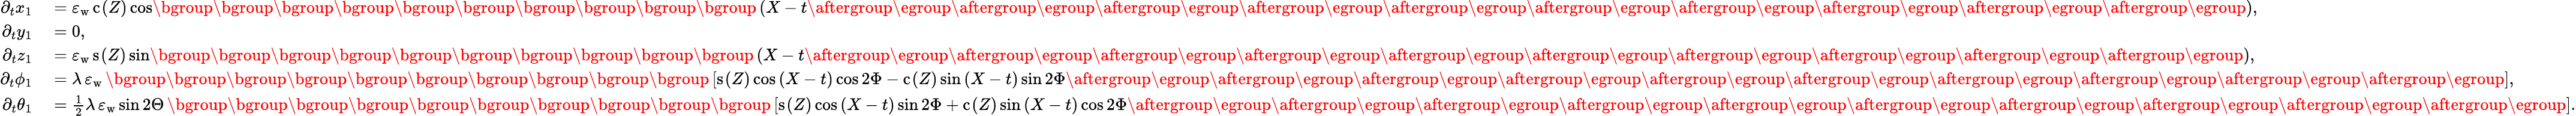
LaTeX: \begin{array}{rl}{\partial_{t}x_{1}}&{{}=\varepsilon_{\mathrm{w}}\, \mathrm{c}_{}(Z)\cos\mathopen{}\mathclose\bgroup\mathopen{}\mathclose\bgroup\mathopen{}\mathclose\bgroup\mathopen{}\mathclose\bgroup\mathopen{}\mathclose\bgroup\mathopen{}\mathclose\bgroup\mathopen{}\mathclose\bgroup\mathopen{}\mathclose\bgroup\mathopen{}\mathclose\bgroup\mathopen{}\mathclose\bgroup\left(X-t\aftergroup\egroup\aftergroup\egroup\aftergroup\egroup\aftergroup\egroup\aftergroup\egroup\aftergroup\egroup\aftergroup\egroup\aftergroup\egroup\aftergroup\egroup\aftergroup\egroup\right),}\\ {\partial_{t}y_{1}}&{{}=0,}\\ {\partial_{t}z_{1}}&{{}=\varepsilon_{\mathrm{w}}\, \mathrm{s}_{}(Z)\sin\mathopen{}\mathclose\bgroup\mathopen{}\mathclose\bgroup\mathopen{}\mathclose\bgroup\mathopen{}\mathclose\bgroup\mathopen{}\mathclose\bgroup\mathopen{}\mathclose\bgroup\mathopen{}\mathclose\bgroup\mathopen{}\mathclose\bgroup\mathopen{}\mathclose\bgroup\mathopen{}\mathclose\bgroup\left(X-t\aftergroup\egroup\aftergroup\egroup\aftergroup\egroup\aftergroup\egroup\aftergroup\egroup\aftergroup\egroup\aftergroup\egroup\aftergroup\egroup\aftergroup\egroup\aftergroup\egroup\right),}\\ {\partial_{t}{\phi_{1}}}&{{}=\lambda\, \varepsilon_{\mathrm{w}}\, \mathopen{}\mathclose\bgroup\mathopen{}\mathclose\bgroup\mathopen{}\mathclose\bgroup\mathopen{}\mathclose\bgroup\mathopen{}\mathclose\bgroup\mathopen{}\mathclose\bgroup\mathopen{}\mathclose\bgroup\mathopen{}\mathclose\bgroup\mathopen{}\mathclose\bgroup\mathopen{}\mathclose\bgroup\left[\mathrm{s}_{}(Z)\cos{(X-t)}\cos{2\Phi}-\mathrm{c}_{}(Z)\sin{(X-t)}\sin{2\Phi}\aftergroup\egroup\aftergroup\egroup\aftergroup\egroup\aftergroup\egroup\aftergroup\egroup\aftergroup\egroup\aftergroup\egroup\aftergroup\egroup\aftergroup\egroup\aftergroup\egroup\right],}\\ {\partial_{t}{\theta_{1}}}&{{}=\frac{1}{2}\lambda\, \varepsilon_{\mathrm{w}}\sin 2\Theta\, \mathopen{}\mathclose\bgroup\mathopen{}\mathclose\bgroup\mathopen{}\mathclose\bgroup\mathopen{}\mathclose\bgroup\mathopen{}\mathclose\bgroup\mathopen{}\mathclose\bgroup\mathopen{}\mathclose\bgroup\mathopen{}\mathclose\bgroup\mathopen{}\mathclose\bgroup\mathopen{}\mathclose\bgroup\left[\mathrm{s}_{}(Z)\cos{(X-t)}\sin{2\Phi}+\mathrm{c}_{}(Z)\sin{(X-t)}\cos{2\Phi}\aftergroup\egroup\aftergroup\egroup\aftergroup\egroup\aftergroup\egroup\aftergroup\egroup\aftergroup\egroup\aftergroup\egroup\aftergroup\egroup\aftergroup\egroup\aftergroup\egroup\right].}\end{array}